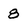
Character: 8